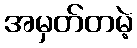
အမှတ်တမဲ့